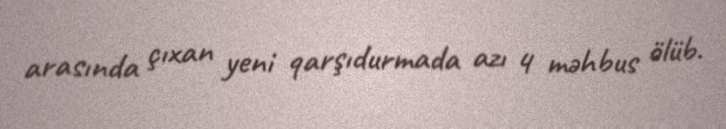
arasında çıxan yeni qarşıdurmada azı 4 məhbus ölüb.